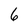
Character: 6